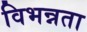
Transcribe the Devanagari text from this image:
विभन्नता